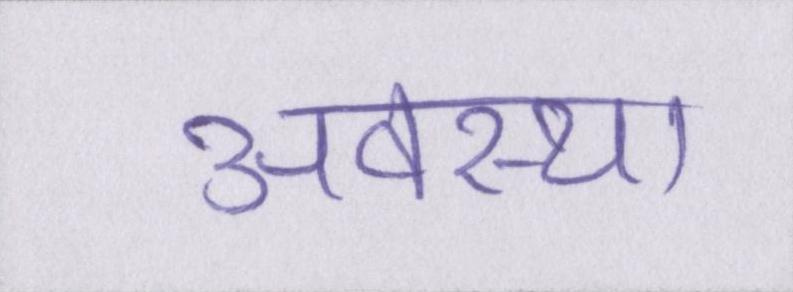
अवस्था